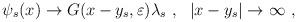
LaTeX: \begin{align*}\psi_s(x) \rightarrow G(x-y_s,\varepsilon) \lambda_s~, ~~|x-y_s|\rightarrow \infty~,~\end{align*}